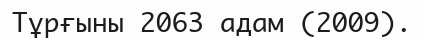
Тұрғыны 2063 адам (2009).